system: You are a helpful assistant.
user:
Analyze the provided spectrum to determine if it is a **"Cataclysmic Variables (CV)"**.

- **Key Indicators for CV (Check for either state):**
    - **State 1: Quiescent / Low-State (Emission-Dominated)**
        - **(Primary):** Strong and *very broad* Hydrogen Balmer emission lines (e.g., $H\alpha$ at 6563 Å, $H\beta$ at 4861 Å). The 'broadness' (high velocity dispersion, often FWHM > 1000 km/s) is the key diagnostic, indicating a high-velocity accretion disk.
        - **(Secondary):** Broad neutral Helium (He I) emission lines (e.g., 5876 Å, 6678 Å).
        - **(Key Confirmation):** Presence of high-excitation *ionized* Helium (He II) emission at 4686 Å. This is a strong indicator of accretion onto a white dwarf.
        - **(Line Profile):** Emission lines may exhibit a 'double-peaked' profile, which is a classic signature of a rotating accretion disk viewed at high inclination.

    - **State 2: Outburst / High-State (Absorption-Dominated)**
        - **(Primary):** Spectrum is dominated by a bright, blue continuum (looks like a hot star).
        - **(Secondary):** The emission lines from State 1 are weak, absent, or 'filled in', and are replaced by broad, shallow *absorption* lines (primarily Balmer and He I).
        - **(Morphology):** The overall spectrum mimics a hot B/A-type star. The crucial difference is that the absorption lines are significantly broader, shallower, and more 'washed-out' (or 'smeared') than the sharp lines of a normal stellar photosphere, due to high rotational speeds and pressure broadening in the disk.

Think first, call **spectral_visualization_tool** if needed to examine features in detail, then provide your final answer. Your response must adhere to the following strict rules:
1.  **Overall Structure:** Your response must follow the format `<think>...</think> <tool_call>...</tool_call> (if a tool is used) <answer>...</answer>`.
2.  **Tool Usage Constraint:** You may only make **one** tool call per turn.
3.  **Final Answer Format:** In the `<answer>` tag, your conclusion must be inside a `\boxed{}` command (e.g., `\boxed{YES}`), followed by your justification.

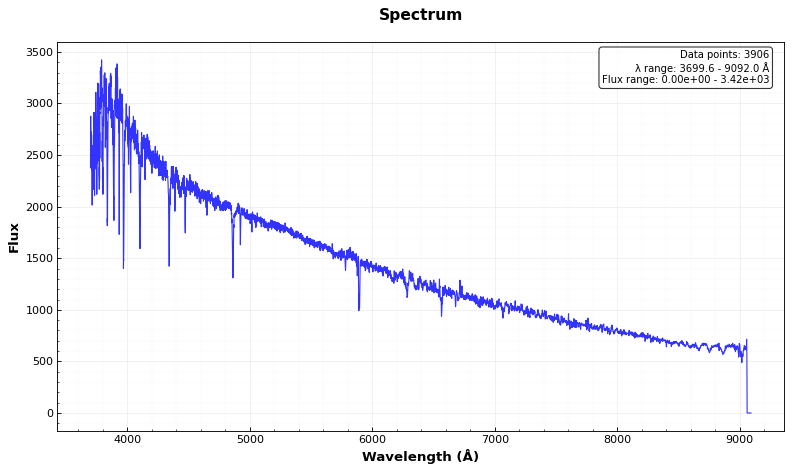
Answer: NO